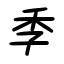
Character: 季